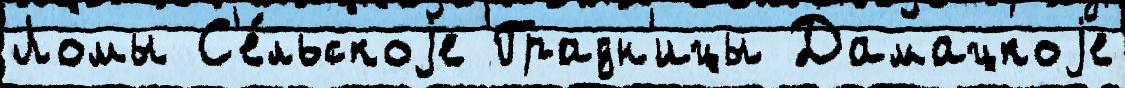
Ломы С'е́льскоjе Градн'ицы Дамацкоjе